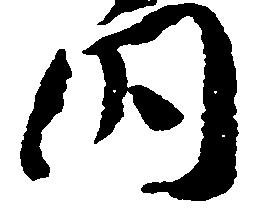
内